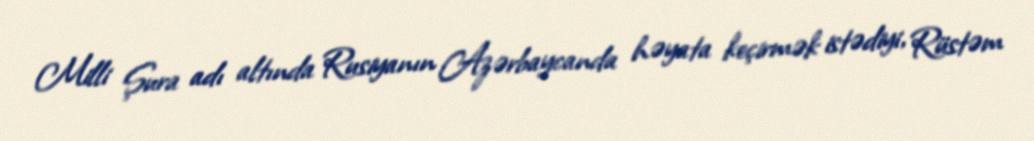
Milli Şura adı altında Rusiyanın Azərbaycanda həyata keçirmək istədiyi, Rüstəm